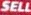
SELL